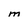
Character: M